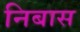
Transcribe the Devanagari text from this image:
निबास